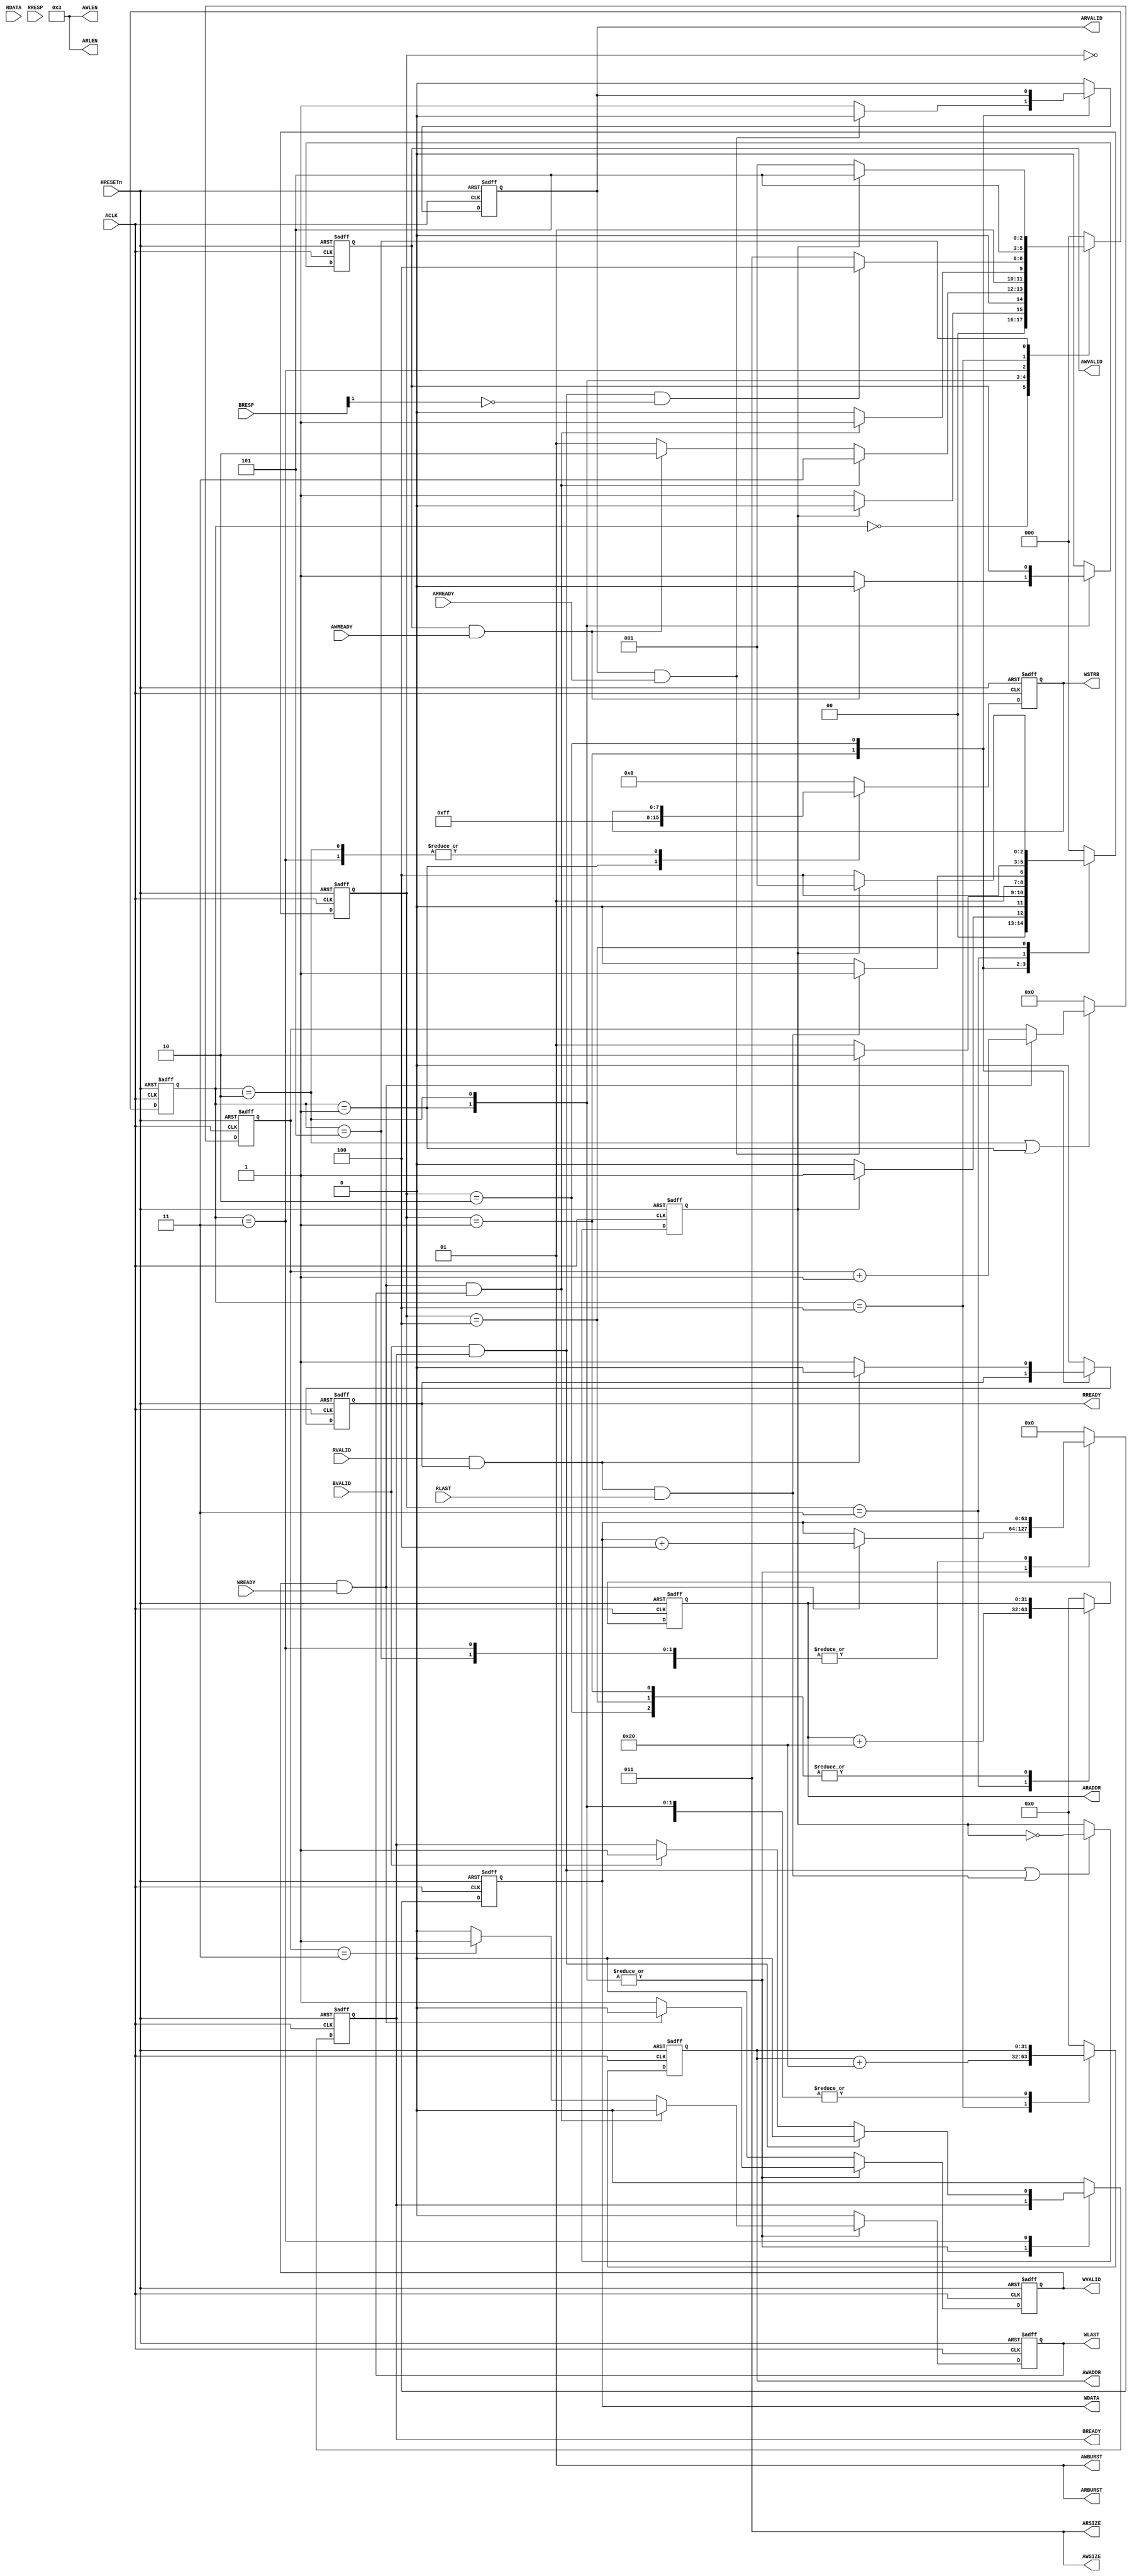
`timescale 1ns/1ps
module axi_gen #(
    parameter integer ADDR_WIDTH     =   32,
    parameter integer DATA_WIDTH     =   64,
    parameter         ADDR_START     =   32'h0,
    parameter         DATA_START     =   64'h00000000_00000000,
    parameter         BURST_TYPE     =   1,   //0 for fix, 1 for INCR, 2 for WRAP
    parameter         BURST_LEN      =   4,
    parameter integer BURST_SIZE     =   8,
    parameter         DATA_STEP      =   64'h4
    ) (
    input                                                       ACLK,
    input                                                       HRESETn,
    output reg  [ADDR_WIDTH-1 : 0]                              AWADDR,
    output      [7:0]                                           AWLEN,
    output      [2:0]                                           AWSIZE,
    output      [1:0]                                           AWBURST,
    output reg                                                  AWVALID,
    input                                                       AWREADY,

    output reg                                                  WLAST,
    output reg [DATA_WIDTH-1 : 0]                               WDATA,
    output reg [(DATA_WIDTH/8)-1:0]                             WSTRB,
    output reg                                                  WVALID,
    input                                                       WREADY,

    input      [1:0]                                            BRESP,
    input                                                       BVALID,
    output reg                                                  BREADY,

    output reg [ADDR_WIDTH-1 : 0]                               ARADDR,
    output     [7:0]                                            ARLEN,
    output     [2:0]                                            ARSIZE,
    output     [1:0]                                            ARBURST,
    output reg                                                  ARVALID,
    input                                                       ARREADY,

    input                                                       RLAST,
    input      [DATA_WIDTH-1 : 0]                               RDATA,
    input      [1:0]                                            RRESP,
    input                                                       RVALID,
    output reg                                                  RREADY
  );

reg read_write_process; //control for write and read transaction
                        // 1 for read, 0 for write

localparam  FIXED    =  2'b00,
            INCR     =  2'b01,
      WRAP     =  2'b10;
localparam ADDR_STEP = (DATA_WIDTH == 32) ? 8'h10: ((DATA_WIDTH == 64) ? 8'h20 : 8'h00);
//-----------------------------------------------------------------------------
// WRITE CHANNEL
//-----------------------------------------------------------------------------
assign AWBURST = (BURST_TYPE == 0) ? FIXED : (
                 (BURST_TYPE == 1) ? INCR : (
                 (BURST_TYPE == 2) ? WRAP : FIXED));

assign AWLEN  =  (BURST_LEN == 1)   ?  4'b0000 :  (
                 (BURST_LEN == 2)   ?  4'b0001 :  (
                 (BURST_LEN == 3)   ?  4'b0010 :  (
                 (BURST_LEN == 4)   ?  4'b0011 :  (
                 (BURST_LEN == 5)   ?  4'b0100 :  (
                 (BURST_LEN == 6)   ?  4'b0101 :  (
                 (BURST_LEN == 7)   ?  4'b0110 :  (
                 (BURST_LEN == 8)   ?  4'b0111 :  (
                 (BURST_LEN == 9)   ?  4'b1000 :  (
                 (BURST_LEN ==10)   ?  4'b1001 :  (
                 (BURST_LEN ==11)   ?  4'b1010 :  (
                 (BURST_LEN ==12)   ?  4'b1011 :  (
                 (BURST_LEN ==13)   ?  4'b1100 :  (
                 (BURST_LEN ==14)   ?  4'b1101 :  (
                 (BURST_LEN ==15)   ?  4'b1110 :  (
                 (BURST_LEN ==16)   ?  4'b1111 :  4'b0000
                 )))))))))))))));

assign AWSIZE  = (BURST_SIZE == 1)   ?  3'b000 : (
                 (BURST_SIZE == 2)   ?  3'b001 : (
                 (BURST_SIZE == 4)   ?  3'b010 : (
                 (BURST_SIZE == 8)   ?  3'b011 : (
                 (BURST_SIZE == 16)  ?  3'b100 : (
                 (BURST_SIZE == 32)  ?  3'b101 : (
                 (BURST_SIZE == 64)  ?  3'b110 : (
                 (BURST_SIZE == 128) ?  3'b111 : 3'b100)))))));

localparam  WR_IDLE      =  3'b000,
            WR_ADDR      =  3'b001,
            WR_DATA      =  3'b010,
            WR_RESP      =  3'b011,
            WR_FINISH    =  3'b100,
            WR_STOP      =  3'b101;

reg [2:0]  wr_state, wr_state_n;
reg [3:0]  wr_cnt;

always @(posedge ACLK or negedge HRESETn) begin
  if(!HRESETn)
    wr_state <= WR_IDLE;
  else
    wr_state <= wr_state_n;
end

always @ (*) begin
  case(wr_state)
    WR_IDLE: begin
      if(~read_write_process)
        wr_state_n = WR_ADDR;
      else
        wr_state_n = WR_IDLE;
    end 

    WR_ADDR: begin
      if(WVALID & WREADY & WLAST)
        wr_state_n = WR_RESP;
      else if(AWVALID & AWREADY)
        wr_state_n = WR_DATA;
      else
        wr_state_n = WR_ADDR;
    end

    WR_DATA: begin
      if(WVALID & WREADY & WLAST)
        wr_state_n = WR_RESP;
      else
        wr_state_n = WR_DATA;
    end
    
    WR_RESP: begin
      if(BVALID & BREADY & (!BRESP[1]))
        wr_state_n = WR_FINISH;
      else
        wr_state_n = WR_RESP;
    end

    WR_FINISH: begin
      wr_state_n = WR_STOP;
    end

    WR_STOP: begin
      if(~read_write_process)
        wr_state_n = WR_ADDR;
      else
        wr_state_n = WR_STOP;
    end

    default: wr_state_n = WR_IDLE;
  endcase
end

always @ (posedge ACLK or negedge HRESETn) begin
  if(!HRESETn) begin
    AWADDR       <=   ADDR_START;
    AWVALID      <=   1'b0;
    WDATA        <=   DATA_START;
    WSTRB        <=   {(DATA_WIDTH/8){1'b0}};
    WVALID       <=   1'b0;
    BREADY       <=   1'b0;
    WLAST        <=   1'b0;
  end
  else begin
    case(wr_state)
      WR_IDLE: begin
        AWADDR       <=   ADDR_START;
        AWVALID      <=   1'b0;
        WDATA        <=   DATA_START;
        WSTRB        <=   {(DATA_WIDTH/8){1'b0}};
        WVALID       <=   1'b0;
        BREADY       <=   1'b0;
        WLAST        <=   1'b0;
      end

      WR_ADDR: begin
        WSTRB        <=  {(DATA_WIDTH/8){1'b1}};
        if(WREADY & WVALID)
          WVALID     <= 1'b0;
        else
          WVALID     <= 1'b1;

        if(WVALID & WREADY)
          WDATA      <= WDATA + DATA_STEP;

        if(WVALID & WREADY & WLAST)
          WLAST      <= 1'b0;
        else if(wr_cnt == AWLEN)
          WLAST      <= 1'b1;
        else
          WLAST      <= 1'b0;

        if(AWREADY & AWVALID)
          AWVALID    <= 1'b0;
        else
          AWVALID    <= 1'b1;
      end

      WR_DATA: begin
        if(WREADY & WVALID)
          WVALID     <= 1'b0;
        else
          WVALID     <= 1'b1;
      
        if(WVALID & WREADY)
          WDATA      <= WDATA + DATA_STEP;
      
        if(WVALID & WREADY & WLAST)
          WLAST      <= 1'b0;
        else if(wr_cnt == AWLEN)
          WLAST      <= 1'b1;
        else
          WLAST      <= 1'b0;
      end

      WR_RESP: begin
        AWVALID      <= 1'b0;
        WVALID       <= 1'b0;
        WLAST        <= 1'b0;
      
        if(BVALID & BREADY)
          BREADY     <= 1'b0;
        else if(BVALID)
          BREADY     <= 1'b1;
            
      end

      WR_FINISH: begin
        AWADDR       <= AWADDR + ADDR_STEP;
        AWVALID      <= 1'b0;
        WVALID       <= 1'b0;
        WLAST        <= 1'b0;
        BREADY       <= 1'b0;
        WSTRB        <= {(DATA_WIDTH/8){1'b0}};
      end

      WR_STOP: begin
        AWVALID      <= 1'b0;
        WVALID       <= 1'b0;
        WLAST        <= 1'b0;
        BREADY       <= 1'b0;
        WSTRB        <= {(DATA_WIDTH/8){1'b0}};
      end

      default: begin
        AWADDR       <=   ADDR_START;
        AWVALID      <=   1'b0;
        WDATA        <=   DATA_START;
        WSTRB        <=   {(DATA_WIDTH/8){1'b0}};
        WVALID       <=   1'b0;
        BREADY       <=   1'b0;
        WLAST        <=   1'b0;      
      end
    endcase
  end
end


always @ (posedge ACLK or negedge HRESETn) begin
  if(!HRESETn)
    wr_cnt <= 4'h0;
  else if((wr_state == WR_DATA) | (wr_state == WR_ADDR)) begin
    if(WVALID & WREADY)
      wr_cnt <= wr_cnt + 1'b1;
  end
  else
    wr_cnt <= 4'h0;
end



//-----------------------------------------------------------------------------
// READ CHANNEL
//-----------------------------------------------------------------------------
assign ARBURST = (BURST_TYPE == 0) ? FIXED : (
                 (BURST_TYPE == 1) ? INCR : (
                 (BURST_TYPE == 2) ? WRAP : FIXED));

assign ARLEN  =  (BURST_LEN == 1)   ?  4'b0000 :  (
                 (BURST_LEN == 2)   ?  4'b0001 :  (
                 (BURST_LEN == 3)   ?  4'b0010 :  (
                 (BURST_LEN == 4)   ?  4'b0011 :  (
                 (BURST_LEN == 5)   ?  4'b0100 :  (
                 (BURST_LEN == 6)   ?  4'b0101 :  (
                 (BURST_LEN == 7)   ?  4'b0110 :  (
                 (BURST_LEN == 8)   ?  4'b0111 :  (
                 (BURST_LEN == 9)   ?  4'b1000 :  (
                 (BURST_LEN ==10)   ?  4'b1001 :  (
                 (BURST_LEN ==11)   ?  4'b1010 :  (
                 (BURST_LEN ==12)   ?  4'b1011 :  (
                 (BURST_LEN ==13)   ?  4'b1100 :  (
                 (BURST_LEN ==14)   ?  4'b1101 :  (
                 (BURST_LEN ==15)   ?  4'b1110 :  (
                 (BURST_LEN ==16)   ?  4'b1111 :  4'b0000
                 )))))))))))))));

assign ARSIZE  = (BURST_SIZE == 1)   ?  3'b000 : (
                 (BURST_SIZE == 2)   ?  3'b001 : (
                 (BURST_SIZE == 4)   ?  3'b010 : (
                 (BURST_SIZE == 8)   ?  3'b011 : (
                 (BURST_SIZE == 16)  ?  3'b100 : (
                 (BURST_SIZE == 32)  ?  3'b101 : (
                 (BURST_SIZE == 64)  ?  3'b110 : (
                 (BURST_SIZE == 128) ?  3'b111 : 3'b100)))))));

localparam   RD_IDLE   = 3'b000,
             RD_ADDR   = 3'b001,
             RD_DATA   = 3'b010,
             RD_FINISH = 3'b011,
             RD_STOP   = 3'b100;

reg [2:0]  rd_state, rd_state_n;

always @(posedge ACLK or negedge HRESETn) begin
  if(!HRESETn)
    rd_state <= RD_IDLE;
  else
    rd_state <= rd_state_n;
end

always @ (*) begin
  case (rd_state)
    RD_IDLE: begin
      if(read_write_process)
        rd_state_n = RD_ADDR;
      else
        rd_state_n = RD_IDLE;
    end

    RD_ADDR: begin
      if(ARVALID & ARREADY)
        rd_state_n = RD_DATA;
      else
        rd_state_n = RD_ADDR;
    end

    RD_DATA: begin
      if(RVALID & RREADY & RLAST)
        rd_state_n = RD_FINISH;
      else
        rd_state_n =RD_DATA;
    end

    RD_FINISH:
      rd_state_n = RD_STOP;

    RD_STOP:begin
      if(read_write_process)
        rd_state_n = RD_ADDR;
      else
        rd_state_n = RD_STOP;
    end

    default: rd_state_n = RD_IDLE;
  endcase
end

always @(posedge ACLK or negedge HRESETn) begin
  if(!HRESETn) begin
    ARADDR   <= ADDR_START;
    ARVALID  <= 1'b0;
    RREADY   <= 1'b0;
  end

  else begin
    case (rd_state)
      RD_IDLE: begin
        ARADDR   <= ADDR_START;
        ARVALID  <= 1'b0;
        RREADY   <= 1'b0;
      end
     
      RD_ADDR: begin
        if(ARREADY & ARVALID)
          ARVALID <= 1'b0;
        else
          ARVALID <= 1'b1;
      end

      RD_DATA: begin
        if(RVALID & RREADY)
          RREADY <= 1'b0;
        else
          RREADY <= 1'b1;
      end

      RD_FINISH: begin
        ARADDR  <= ARADDR + ADDR_STEP;
        ARVALID <= 1'b0;
        RREADY  <= 1'b0;
      end

      RD_STOP: begin
        ARVALID  <= 1'b0;
        RREADY   <= 1'b0;
      end

      default: begin
        ARADDR  <= ADDR_START;
        ARVALID <= 1'b0;
        RREADY  <= 1'b0;
      end
    endcase
  end
end


always @(posedge ACLK or negedge HRESETn) begin
  if(!HRESETn)
    read_write_process <= 1'b0;  //write first
  else begin
    if((BVALID & BREADY) | (RVALID & RREADY & RLAST)) begin
      read_write_process <= ~read_write_process;
    end
  end
end

endmodule